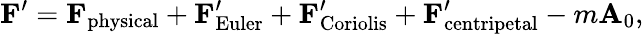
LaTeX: \mathbf{F}^{\prime}=\mathbf{F}_{\mathrm{physical}}+\mathbf{F}_{\mathrm{Euler}}^{\prime}+\mathbf{F}_{\mathrm{Coriolis}}^{\prime}+\mathbf{F}_{\mathrm{centripetal}}^{\prime}-m\mathbf{A}_{0},